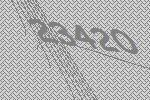
23420